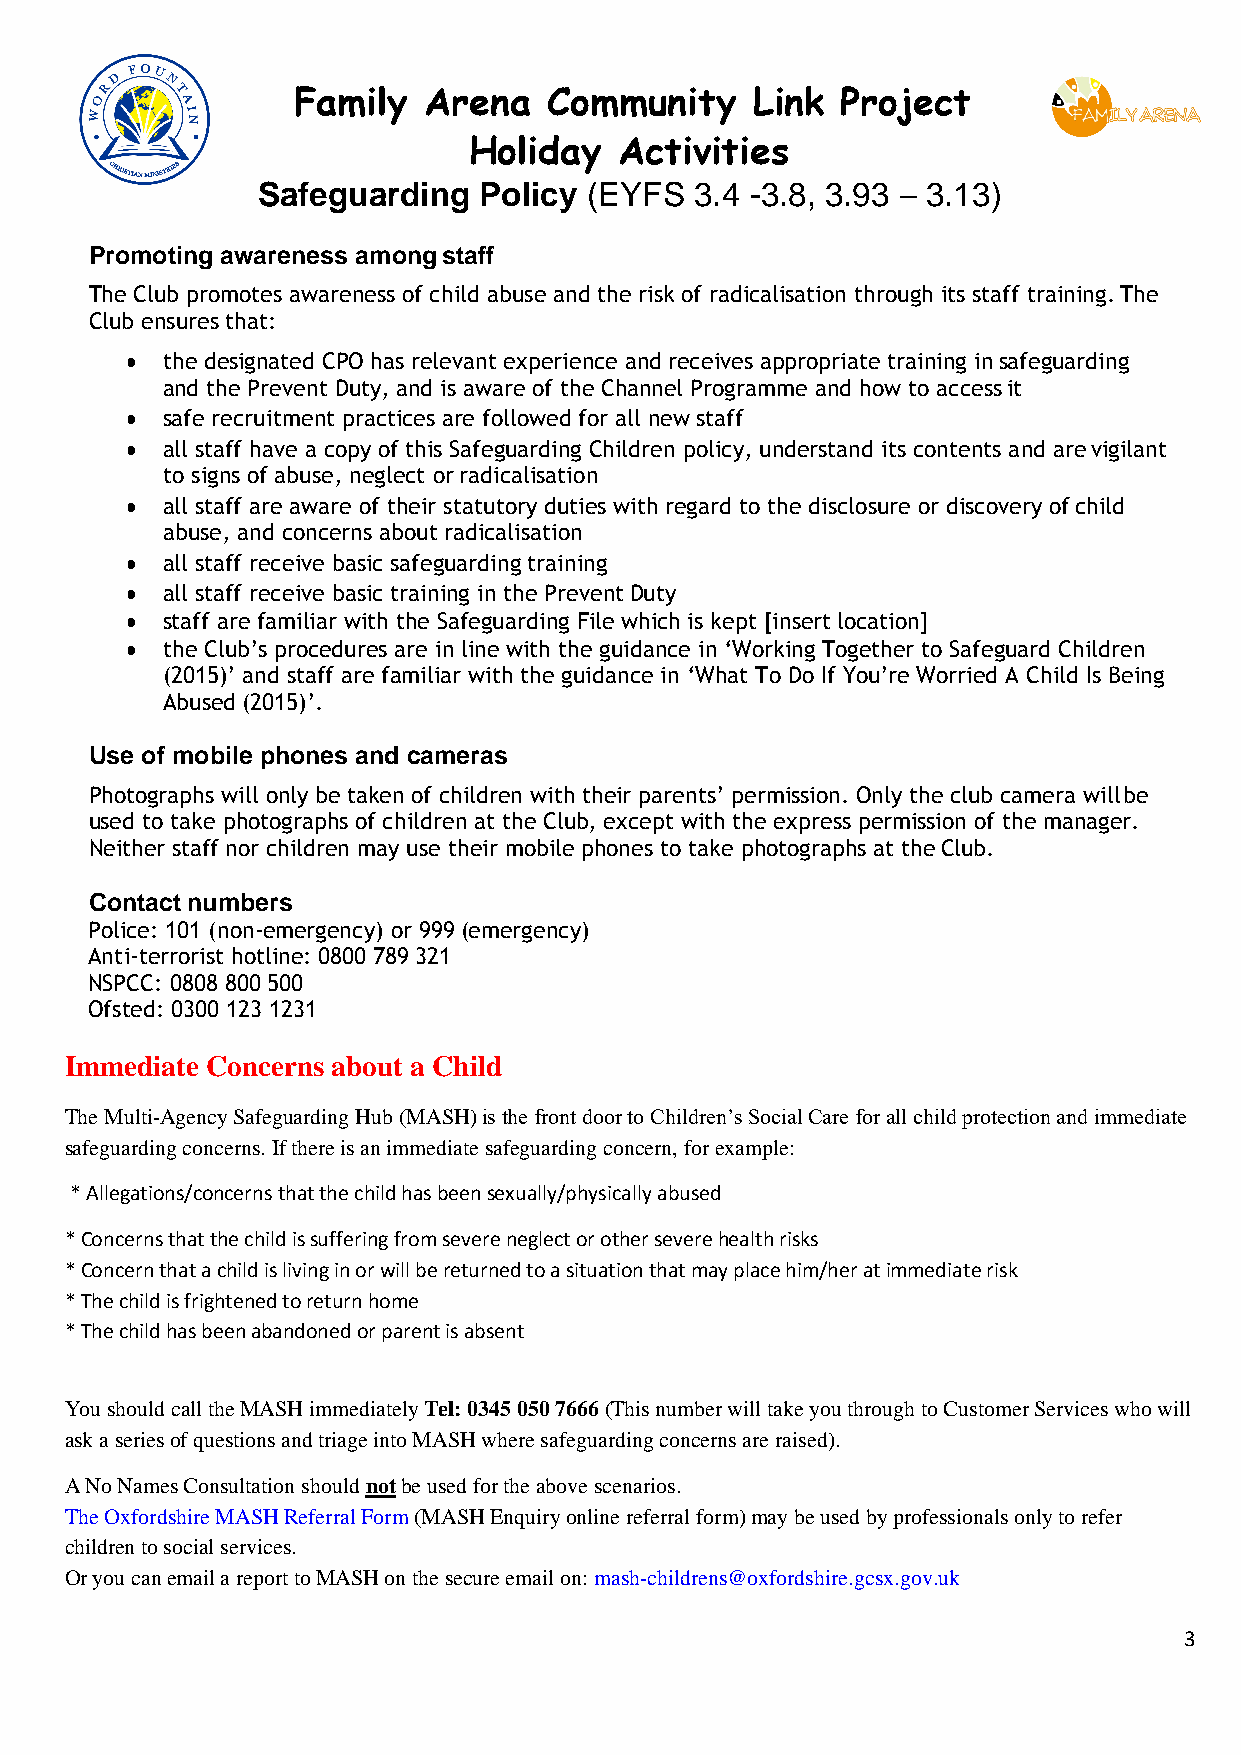
Family   Arena   Community     Link  Project
 Holiday   Activities
 Safeguarding   Policy (EYFS  3.4 -3.8, 3.93 – 3.13)
 Promoting awareness among staff
 The Club promotes awareness of child abuse and the risk of radicalisation through its staff training. The
 Club ensures that:
 ●  the designated CPO has relevant experience and receives appropriate training in safeguarding
 and the Prevent Duty, and is aware of the Channel Programme and how to access it
 ●  safe recruitment practices are followed for all new staff
 ●  all staff have a copy of this Safeguarding Children policy, understand its contents and are vigilant
 to signs of abuse, neglect or radicalisation
 ●  all staff are aware of their statutory duties with regard to the disclosure or discovery of child
 abuse, and concerns about radicalisation
 ●  all staff receive basic safeguarding training
 ●  all staff receive basic training in the Prevent Duty
 ●  staff are familiar with the Safeguarding File which is kept [insert location]
 ●  the Club’s procedures are in line with the guidance in ‘Working Together to Safeguard Children
 (2015)’ and staff are familiar with the guidance in ‘What To Do If You’re Worried A Child Is Being
 Abused (2015)’.
 Use of mobile phones and cameras
 Photographs will only be taken of children with their parents’ permission. Only the club camera will be
 used to take photographs of children at the Club, except with the express permission of the manager.
 Neither staff nor children may use their mobile phones to take photographs at the Club.
 Contact numbers
 Police: 101 (non-emergency) or 999 (emergency)
 Anti-terrorist hotline: 0800 789 321
 NSPCC: 0808 800 500
 Ofsted: 0300 123 1231
 Immediate Concerns about a Child
 The Multi-Agency Safeguarding Hub (MASH) is the front door to Children’s Social Care for all child protection and immediate
 safeguarding concerns. If there is an immediate safeguarding concern, for example:
 *Allegations/concerns that the child has been sexually/physically abused
 *Concerns that the child is suffering from severe neglect or other severe health risks
 *Concern that a child is living in or will be returned to a situation that may place him/her at immediate risk
 *The child is frightened to return home
 *The child has been abandoned or parent is absent
 You should call the MASH immediately Tel: 0345 050 7666 (This number will take you through to Customer Services who will
 ask a series of questions and triage into MASH where safeguarding concerns are raised).
 A No Names Consultation should not be used for the above scenarios.
 The Oxfordshire MASH Referral Form (MASH Enquiry online referral form) may be used by professionals only to refer
 children to social services.
 Or you can email a report to MASH on the secure email on: mash-childrens@oxfordshire.gcsx.gov.uk
 3